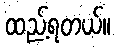
ထည့်ရတယ်။